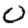
Digit: 0